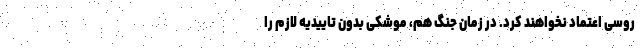
روسی اعتماد نخواهند کرد. در زمان جنگ هم، موشکی بدون تاییدیه لازم را